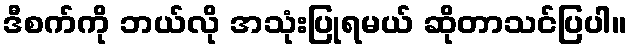
ဒီစက်ကို ဘယ်လို အသုံးပြုရမယ် ဆိုတာသင်ပြပါ။